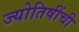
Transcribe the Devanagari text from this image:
ज्योतिषींची